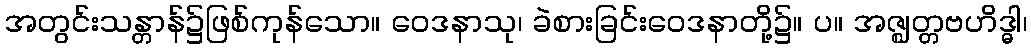
အတွင်းသန္တာန်၌ဖြစ်ကုန်သော။ ဝေဒနာသု၊ ခဲစားခြင်းဝေဒနာတို့၌။ ပ။ အဇ္ဈတ္တဗဟိဒ္ဓါ၊